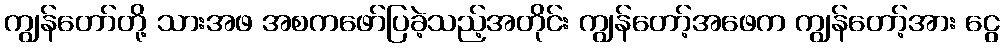
ကျွန်တော်တို့ သားအဖ အစကဖော်ပြခဲ့သည့်အတိုင်း ကျွန်တော့်အဖေက ကျွန်တော့်အား ငွေ